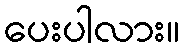
ပေးပါလား။